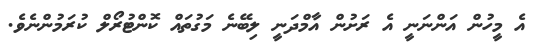
އެ މީހުން އަންނަނީ އެ ރަށުން އާމްދަނީ ލިބޭނެ މަގުތައް ކޮންޓުރޯލް ކުރަމުންނެވެ.